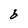
Character: b